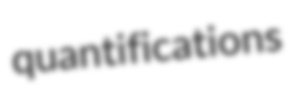
quantifications